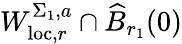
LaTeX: W_{\mathrm{loc},r}^{\Sigma_{1},a}\cap\widehat{B}_{r_{1}}(0)